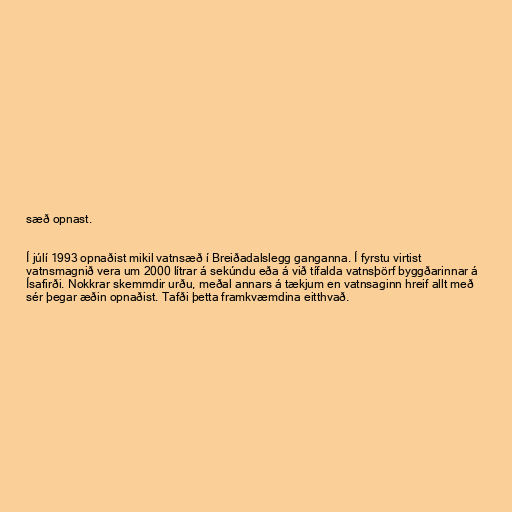
sæð opnast.

Í júlí 1993 opnaðist mikil vatnsæð í Breiðadalslegg ganganna. Í fyrstu virtist
vatnsmagnið vera um 2000 lítrar á sekúndu eða á við tífalda vatnsþörf byggðarinnar á
Ísafirði. Nokkrar skemmdir urðu, meðal annars á tækjum en vatnsaginn hreif allt með
sér þegar æðin opnaðist. Tafði þetta framkvæmdina eitthvað.